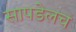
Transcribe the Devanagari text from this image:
सापडेलच